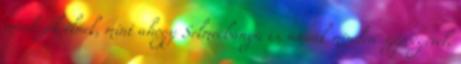
mindezek élnek, mint ahogy Selmecbánya is, annak minden szépségével,